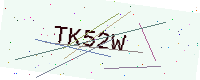
Text: TK52W